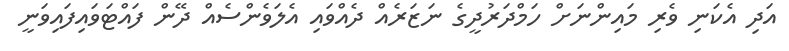
އަދި އެކަނި ވެރި މައިންނަށް ހަމްދަރުދީގެ ނަޒަރެއް ދެއްވައި އެލަވެންސެއް ދޭން ފައްޓަވައިފައިވަނީ